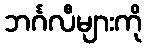
ဘင်္ဂလီများကို